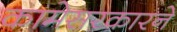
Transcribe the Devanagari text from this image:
कामेसरकारने